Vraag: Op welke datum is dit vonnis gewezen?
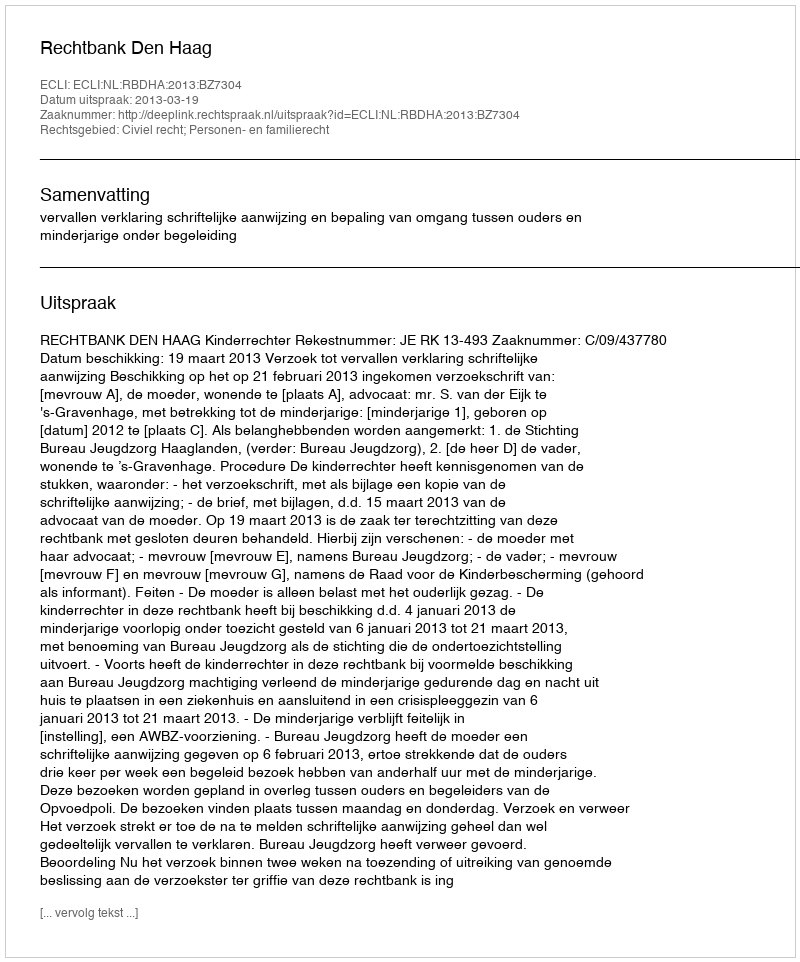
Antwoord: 2013-03-19